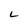
Character: L